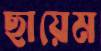
ছায়েম